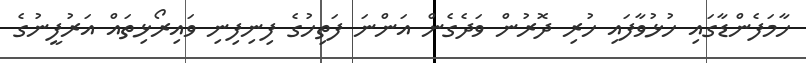
ހާމަފެންޑާގައި ހުޅުވާފައި ހުރި ދޮރުން ވަދެގެން އަންނަ ފަތިހުގެ ފިނިފިނި ވައިރޯޅިތައް އަރުފީނުގެ